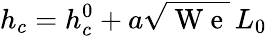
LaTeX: h_{c}=h_{c}^{0}+a\sqrt{\mathrm{~W~e~}}\, L_{0}